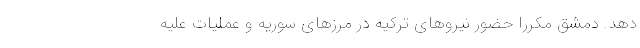
دهد. دمشق مکررا حضور نیروهای ترکیه در مرزهای سوریه و عملیات علیه